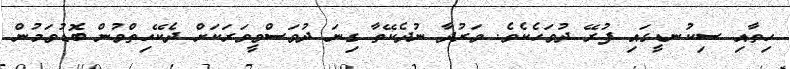
ހިތާއި ސިކުނޑީގައި ފުރޭ ދުވަހެކެވެ. ވަރުދާ ނުދެކޭތާ ގިނަ ދުވަސްވީވަރަކަށް ދެކޭހިތްވުން ބޮޑުވަމުން